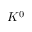
K ^ { 0 }